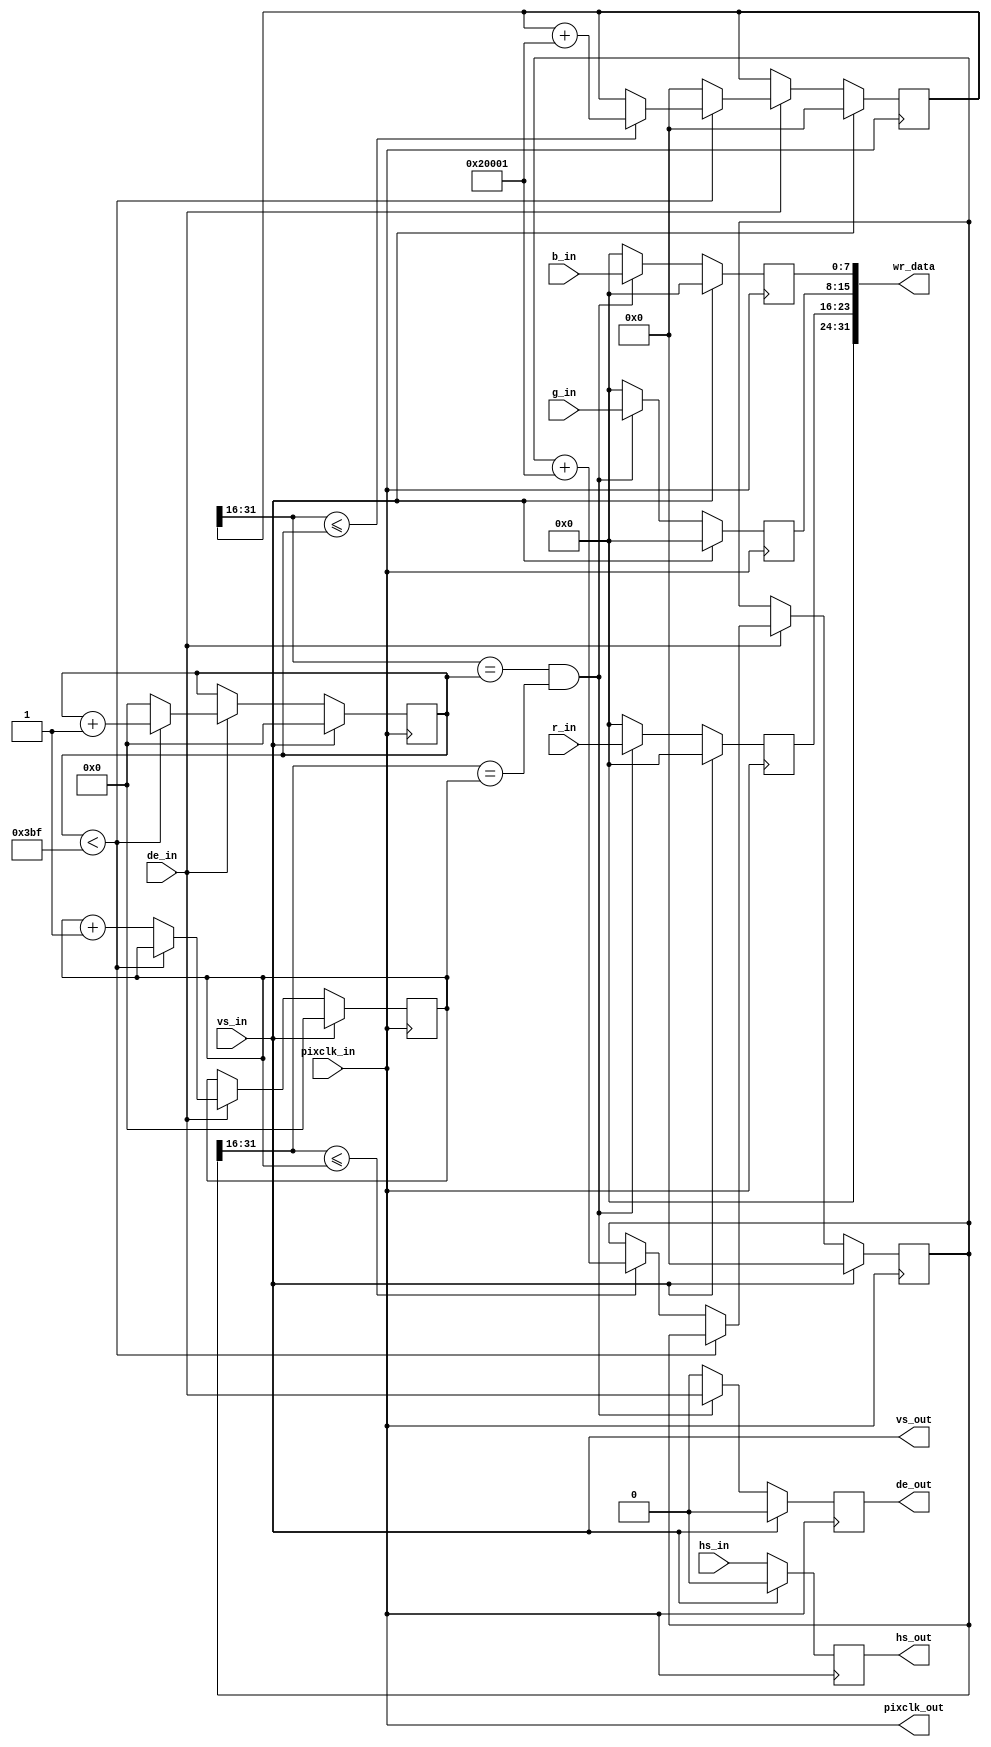
module video_scale(
    
    input                               pixclk_in                  ,
    input                               vs_in                      ,
    input                               hs_in                      ,
    input                               de_in                      ,
    input              [   7:0]         r_in                       ,
    input              [   7:0]         g_in                       ,
    input              [   7:0]         b_in                       ,

    output                              pixclk_out                 ,
    output                              vs_out                     ,
    output reg                          hs_out                     ,
    output reg                          de_out                     ,
    output             [  31:0]         wr_data                     

);
///////////////////////////////////////////////////////
reg                    [   7:0]         r_out                      ;
reg                    [   7:0]         g_out                      ;
reg                    [   7:0]         b_out                      ;

    parameter                           vin_xres    =960          ;
    parameter                           vout_xres   =480           ;
    parameter                           vin_yres    =540           ;
    parameter                           vout_yres   =270           ;
 
assign pixclk_out   =  pixclk_in    ;
assign vs_out       =  vs_in;
assign wr_data      =  {8'b0,r_out,g_out,b_out};
///////////////////////////////////////////////////////////////
reg                    [  31:0]         scaler_height	=   ((vin_yres << 16 )/vout_yres) + 1;//[31:16]1616
reg                    [  31:0]         scaler_width	=   ((vin_xres << 16 )/vout_xres) + 1;//[31:16]1616	
reg                    [  15:0]         vin_x			= 0                ;//
reg                    [  15:0]         vin_y			= 0                ;//
reg                    [  31:0]         vout_x			= 0               ;//,,[31:16]16
reg                    [  31:0]         vout_y			= 0               ;//,,[31:16]16
always@(posedge pixclk_in)
begin                                                               //
    if(vs_in )begin
        vin_x            <= 0;
        vin_y            <= 0;
    end
    else if (de_in == 1 )begin                                      //
        if( vin_x < vin_xres -1 )begin                              //vin_xres = 
            vin_x    <= vin_x + 1;
        end
        else begin
            vin_x        <= 0;
            vin_y        <= vin_y + 1;
        end
    end
end                                                                 //always

always@(posedge pixclk_in)
begin                                                               //
    if(vs_in)begin
        vout_x        <= 0;
        vout_y        <= 0;
    end
    else if (de_in == 1 )begin                                      //
        if(vin_x < vin_xres -1)begin                                //vin_xres = 
            if (vout_x[31:16] <= vin_x)begin                        //[31:16]16
                vout_x    <= vout_x + scaler_width;                 //vout_x  x 
            end
        end
        else begin
            vout_x        <= 0;
            if (vout_y[31:16] <= vin_y)begin                        //[31:16]16
                vout_y    <= vout_y + scaler_height;                //vout_y  y 
            end
        end
    end
end                                                                 //	always
//vin_x,vin_y 
// vin_x == vout_x && vin_y == vout_y 
always@(posedge pixclk_in)
begin
    if(vs_in)begin
	  
        hs_out       <=  0   ;
        de_out       <=  0   ;
        r_out        <=  0   ;
        g_out        <=  0   ;
        b_out        <=  0   ;
    end
    else begin                                                      //
        if(vout_x[31:16] == vin_x && vout_y[31:16] == vin_y)begin   //[31:16]16,
				//
        r_out        <=  r_in         ;
        g_out        <=  g_in         ;
        b_out        <=  b_in         ;
        hs_out       <=  hs_in        ;
        de_out       <=  de_in        ;
			//
        end
        else begin
			
					//
            r_out        <=  0        ;
            g_out        <=  0        ;
            b_out        <=  0        ;
            hs_out       <=  hs_in    ;
            de_out       <=  0        ;
        end
    end
end                                                                 //	always
	 
endmodule